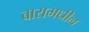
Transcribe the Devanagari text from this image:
बारामधील